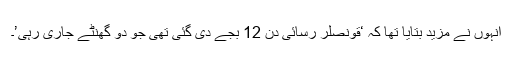
انہوں نے مزید بتایا تھا کہ ‘قونصلر رسائی دن 12 بجے دی گئی تھی جو دو گھنٹے جاری رہی’۔